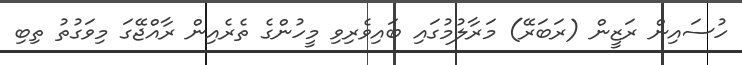
ހުސައިން ރަޒީން (ރަބަރޭ) މަރާލުމުގައި ބައިވެރިވި މީހުންގެ ތެރެއިން ރާއްޖޭގަ މިވަގުތު ތިބި